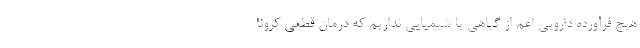
هیچ فرآورده دارویی اعم از گیاهی یا شیمیایی نداریم که درمان قطعی کرونا